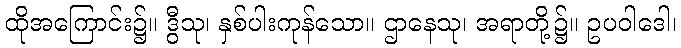
ထိုအကြောင်း၌။ ဒွီသု၊ နှစ်ပါးကုန်သော။ ဌာနေသု၊ အရာတို့၌။ ဥပဝါဒေါ၊